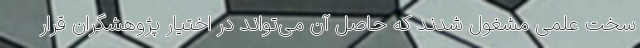
سخت علمی مشغول شدند که حاصل آن می‌تواند در اختیار پژوهشگران قرار